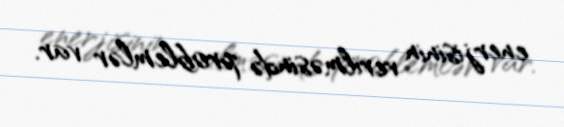
enerjisinin verilməsində problemlər var.